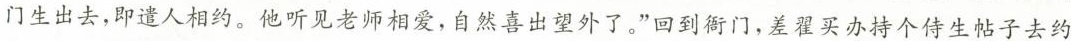
门生出去，即遣人相约。他听见老师相爱，自然喜出望外了。”回到衙门，差程买办持个侍生帖子去约